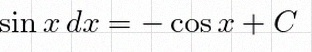
\int \sin x\,dx=-\cos x+C